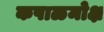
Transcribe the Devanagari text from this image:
कपाळमोक्ष